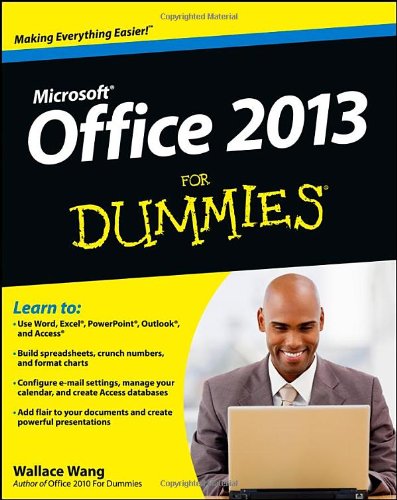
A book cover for Office 2013 For Dummies; Wallace Wang; Computers & Technology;